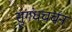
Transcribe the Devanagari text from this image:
सुगंधचर्चन